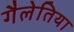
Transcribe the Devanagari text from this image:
गैलेतिया